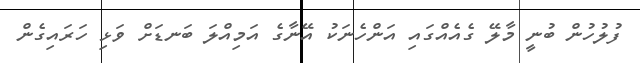
ފުލުހުން ބުނީ މާލޭ ގެއެއްގައި އަންހެނަކު އޭނާގެ އަމިއްލަ ބަނޑަށް ވަޅި ހަރައިގެން